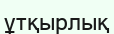
ұтқырлық